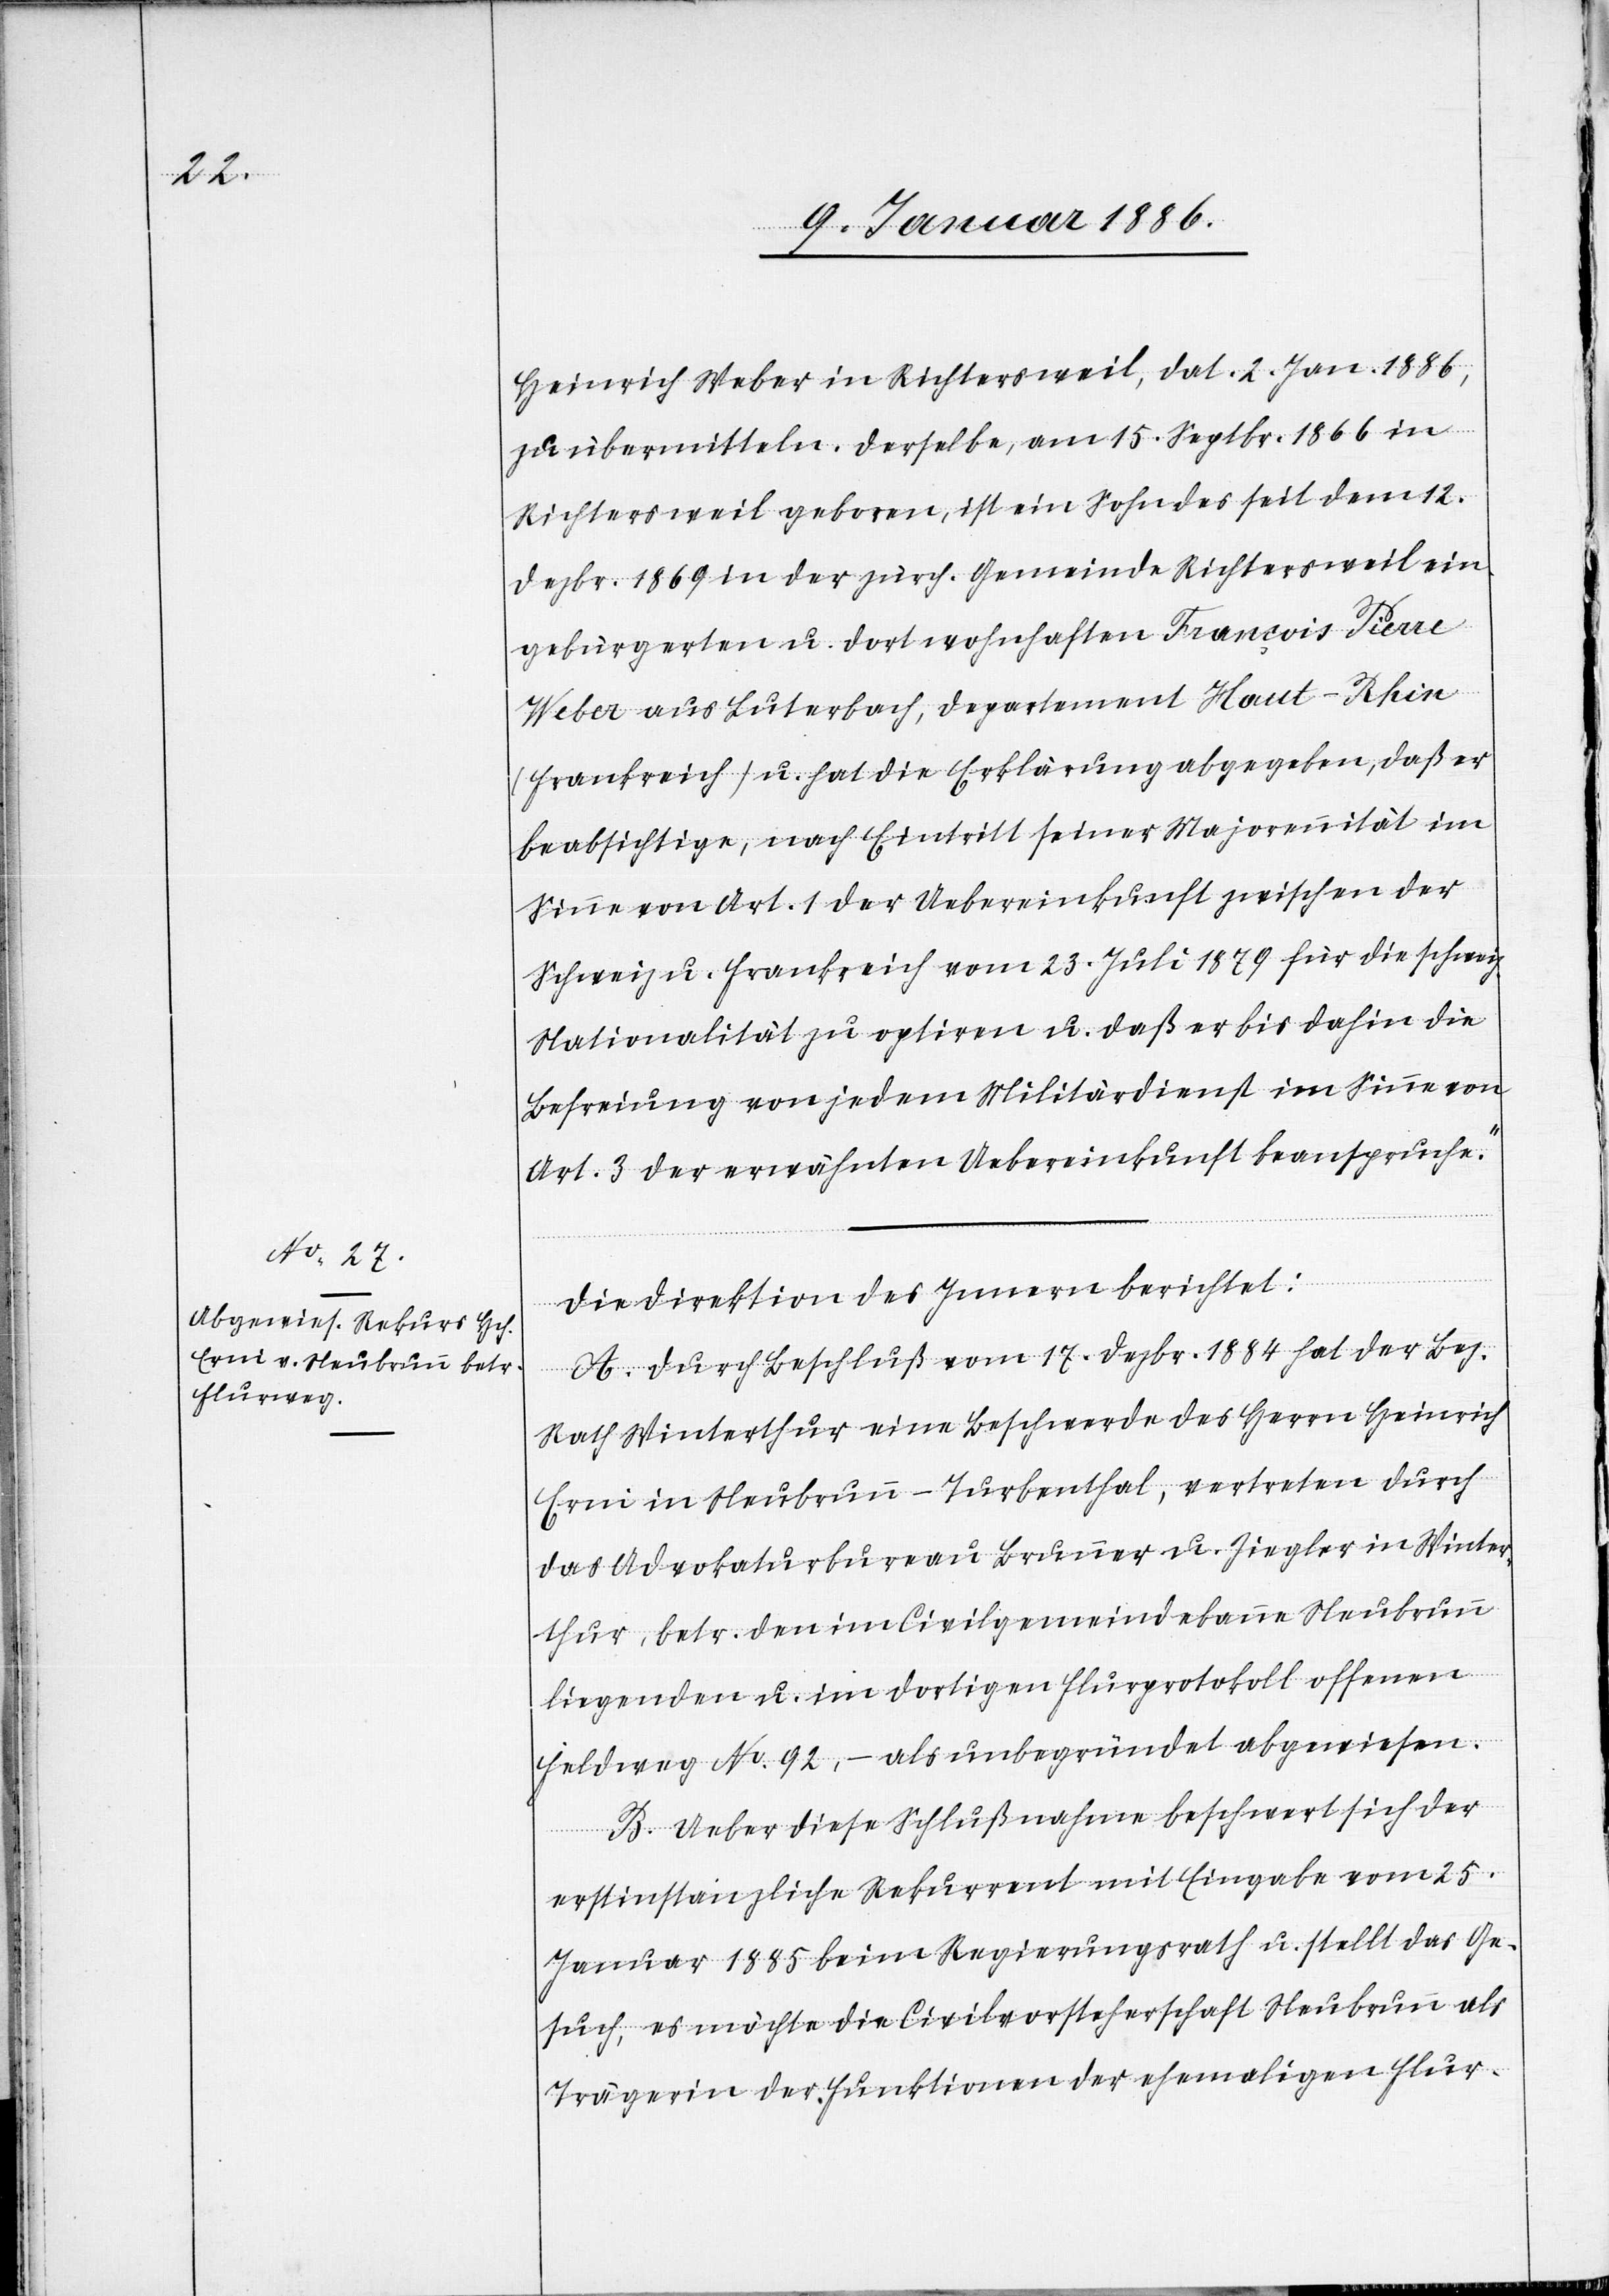
n
Heinrich Weber in Richtersweil, dat. 2 Jan. 1886,
zu übermitteln. Derselbe, am 15. Septbr. 1866 in
Richtersweil geboren, ist ein Sohn des seit dem 12.
Dezbr. 1869 in der zürch. Gemeinde Richterweil ein¬
gebürgerten u. dort wohnhaften François Pierre
Weber aus Luterbach, Departement Haut-Rhin
(Frankreich) u. hat die Erklärung abgegeben, daß er
beabsichtige, nach Eintritt seiner Majorität im
Sinne von Art. 1 der Uebereinkunft zwischen der
Schweiz u. Frankreich vom 23. Juli 1879 für die schweiz.
Nationalität zu optiren u. daß er bis dahin die
Befreiung von jedem Militärdienst im Sinne von
Art. 3 der erwähnten Uebereinkunft beanspruche.“
Die Direktion des Innern berichtet:
A. Durch Beschluß vom 17. Dezbr. 1884 hat der Bez.
Rath Winterthur eine Beschwerde des Herrn Heinrich
Frei in Neubrunn - Turbenthal, vertreten durch
das Advokaturbureau Brunner u. Ziegler in Winter¬
thur, betr. den im Civilgemeindebann Neubrun¬
liegenden u. im dortigen Flurprotokoll offenen
Feldweg No. 92, – als unbegründet abgewiesen.
B. Ueber diese Schlußnahme beschwert sich der
erstinstanzliche Rekurrent mit Eingabe vom 25.
Januar 1885 beim Regierungsrath u. stellt das Ge¬
such, es möchte die Civilvorsteherschaft Neubrunn als
Trägerin der Funktionen der ehemaligen Flur-